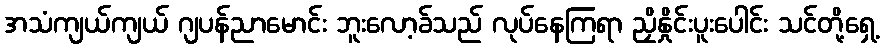
အသံကျယ်ကျယ် ဂျပန်ညာမောင်း ဘူးလော့ခ်သည် လုပ်နေကြရာ ညှိနှိုင်းပူးပေါင်း သင်တို့ရှေ့